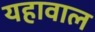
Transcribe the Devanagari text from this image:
यहावाल